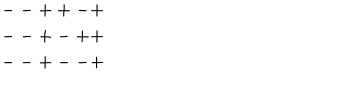
LaTeX: \begin{array} { c } { { -- + + - + } } \\ { { -- + - + + } } \\ { { -- + -- + } } \\ \end{array}